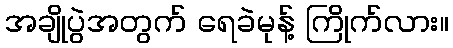
အချိုပွဲအတွက် ရေခဲမုန့် ကြိုက်လား။